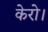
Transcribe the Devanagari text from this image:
केरो।